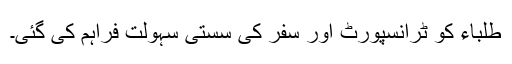
طلباء کو ٹرانسپورٹ اور سفر کی سستی سہولت فراہم کی گئی۔